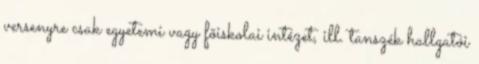
versenyre csak egyetemi vagy fõiskolai intézet, ill. tanszék hallgatói